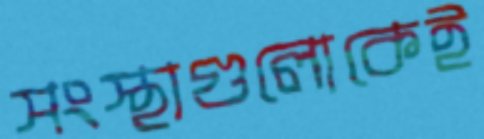
সংস্থাগুলোকেই